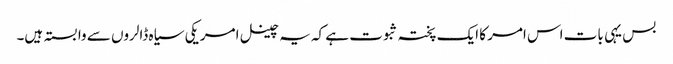
بس یہی بات اس امر کا ایک پختہ ثبوت ہے کہ یہ چینل امریکی سیاہ ڈالروں سے وابستہ ہیں۔